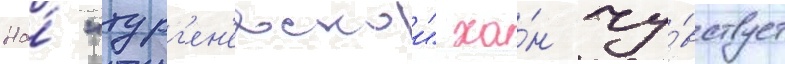
На́ "тург'ен'евскои" ха́н чу́вствует